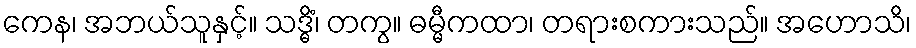
ကေန၊ အဘယ်သူနှင့်။ သဒ္ဓိံ၊ တကွ။ ဓမ္မီကထာ၊ တရားစကားသည်။ အဟောသိ၊